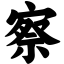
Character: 察